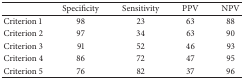
<table><thead><tr><td><b> </b></td><td><b>Specificity</b></td><td><b>Sensitivity</b></td><td><b>PPV</b></td><td><b>NPV</b></td></tr></thead><tbody><tr><td>Criterion 1</td><td>98</td><td>23</td><td>63</td><td>88</td></tr><tr><td>Criterion 2</td><td>97</td><td>34</td><td>63</td><td>90</td></tr><tr><td>Criterion 3</td><td>91</td><td>52</td><td>46</td><td>93</td></tr><tr><td>Criterion 4</td><td>86</td><td>72</td><td>47</td><td>95</td></tr><tr><td>Criterion 5</td><td>76</td><td>82</td><td>37</td><td>96</td></tr></tbody></table>